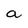
Character: a